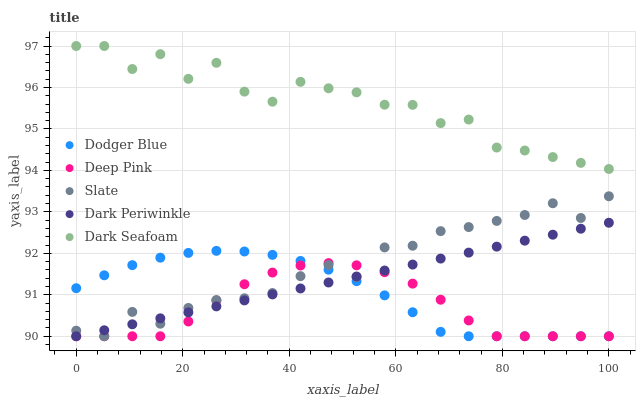
| xaxis_label | Dodger Blue | Deep Pink | Slate | Dark Periwinkle | Dark Seafoam |
 | --- | --- | --- | --- | --- | --- |
 | 0 | 91.2 | 90 | 90.1 | 90 | 97 |
 | 5.26 | 91.5 | 90 | 90 | 90.1 | 97 |
 | 10.5 | 91.7 | 90 | 90.6 | 90.3 | 96.4 |
 | 15.8 | 91.9 | 90 | 90.3 | 90.4 | 96.8 |
 | 21.1 | 92 | 90.4 | 90.7 | 90.6 | 96.2 |
 | 26.3 | 92.1 | 90.9 | 90.9 | 90.7 | 96.6 |
 | 31.6 | 92 | 91.3 | 90.9 | 90.9 | 95.9 |
 | 36.8 | 92 | 91.5 | 91 | 91 | 95.7 |
 | 42.1 | 91.8 | 91.7 | 91.4 | 91.2 | 96.1 |
 | 47.4 | 91.6 | 91.8 | 91.7 | 91.3 | 96 |
 | 52.6 | 91.3 | 91.7 | 91.4 | 91.4 | 95.9 |
 | 57.9 | 91 | 91.5 | 92.1 | 91.6 | 95.6 |
 | 63.2 | 90.6 | 91.3 | 92.2 | 91.7 | 95.6 |
 | 68.4 | 90.1 | 90.9 | 92.5 | 91.9 | 95.1 |
 | 73.7 | 90 | 90.4 | 92.6 | 92 | 95.2 |
 | 78.9 | 90 | 90 | 92.8 | 92.2 | 94.6 |
 | 84.2 | 90 | 90 | 92.9 | 92.3 | 94.5 |
 | 89.5 | 90 | 90 | 93.2 | 92.4 | 94.3 |
 | 94.7 | 90 | 90 | 92.9 | 92.6 | 94.2 |
 | 100 | 90 | 90 | 93.4 | 92.7 | 94 |